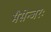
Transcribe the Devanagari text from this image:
मैसेन्जरः